Plague in India, 1896, 1897 - Volume 1
Year: 1896
Disease focus: Plague
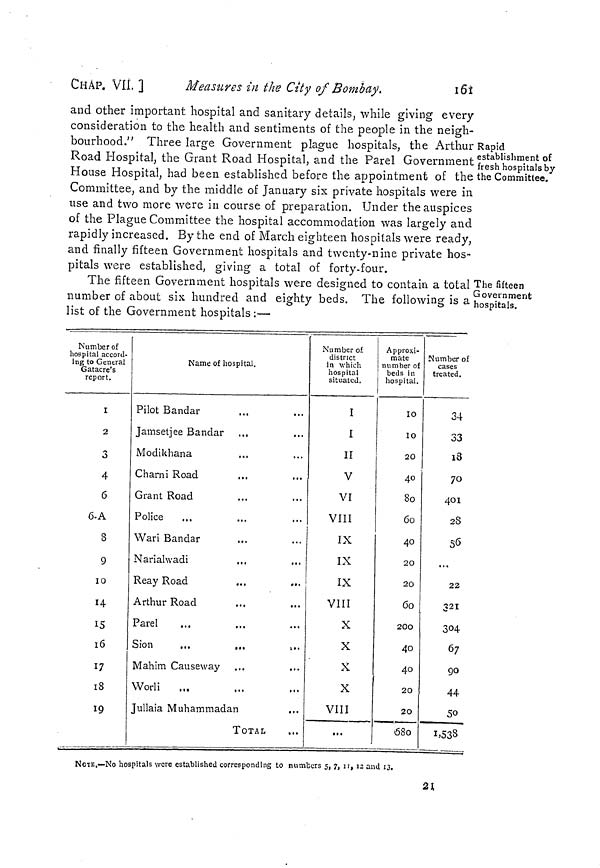
CHaP. VII. ]
Measures in the City of Bombay,
161
Rapid
establishment of
fresh hospitals by
the Committee.
and other important hospital and sanitary details, while giving every
consideration to the health and sentiments of the people in the neigh-
bourhood." Three large Government plague hospitals, the Arthur
Road Hospital, the Grant Road Hospital, and the Parel Government
House Hospital, had been established before the appointment of the
Committee, and by the middle of January six private hospitals were in
use and two more were in course of preparation. Under the auspices
of the Plague Committee the hospital accommodation was largely and
rapidly increased. By the end of March eighteen hospitals were ready,
and finally fifteen Government hospitals and twenty-nine private hos-
pitals were established, giving a total of forty-four.
The fifteen
Government
hospitals.
The fifteen Government hospitals were designed to contain a total
number of about six hundred and eighty beds. The following is a
list of the Government hospitals :—
Number of
hospital accord-
ing to General
Gatacre's
report.
I
2
3
4
6
6.A
8
9
10
14
15
16
17
18
19
Name of hospital.
Pilot Bandar
Jamsetjee Bandar
Modikhana
Charni Road
...
...
Grant Road
Police
Wari Bandar
Nariahvadi
Reay Road
...
...
Arthur Road
Parel
Sion
...
...
...
Mahim Causeway
Worli
Jullaia Muhammadan
...
TOTAL
Number of.
district
in which
hospital
situated.
I
I
II
V
VI
VIII
IX
IX
IX
VIII
X
X
X
X
VIII
...
Approxi-
mate
number of
beds in
hospital.
10
10
20
40
80
60
40
20
20
60
200
4o
40
20
20
580
Number of
cases
treated.
34
33
18
70
401
28
...
22
321
304
44
50
1,533
NOTE.—NO hospitals were established corresponding to numbers 5, 7, 11, 12 and 13.
21